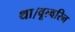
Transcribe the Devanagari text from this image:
था।वूल्वरिन